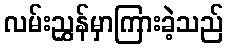
လမ်းညွှန်မှာကြားခဲ့သည်